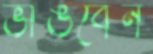
ভাঙবেন